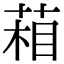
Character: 葙